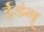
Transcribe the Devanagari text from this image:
ईडंग्